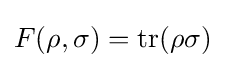
F(\rho ,\sigma )=\operatorname {tr} (\rho \sigma )